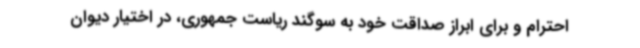
احترام و برای ابراز صداقت خود به سوگند ریاست جمهوری، در اختیار دیوان